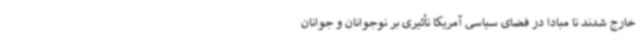
خارج شدند تا مبادا در فضای سیاسی آمریکا تأثیری بر نوجوانان و جوانان